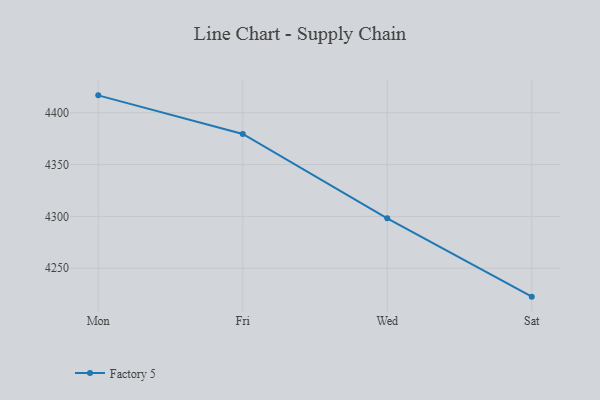
{"axis": {"x": "Day", "y": "Active Users"}, "legend": ["Factory 5"], "data": [{"x": "Mon", "y": 4416.8, "type": "Factory 5"}, {"x": "Fri", "y": 4379.5, "type": "Factory 5"}, {"x": "Wed", "y": 4298.2, "type": "Factory 5"}, {"x": "Sat", "y": 4222.6, "type": "Factory 5"}]}